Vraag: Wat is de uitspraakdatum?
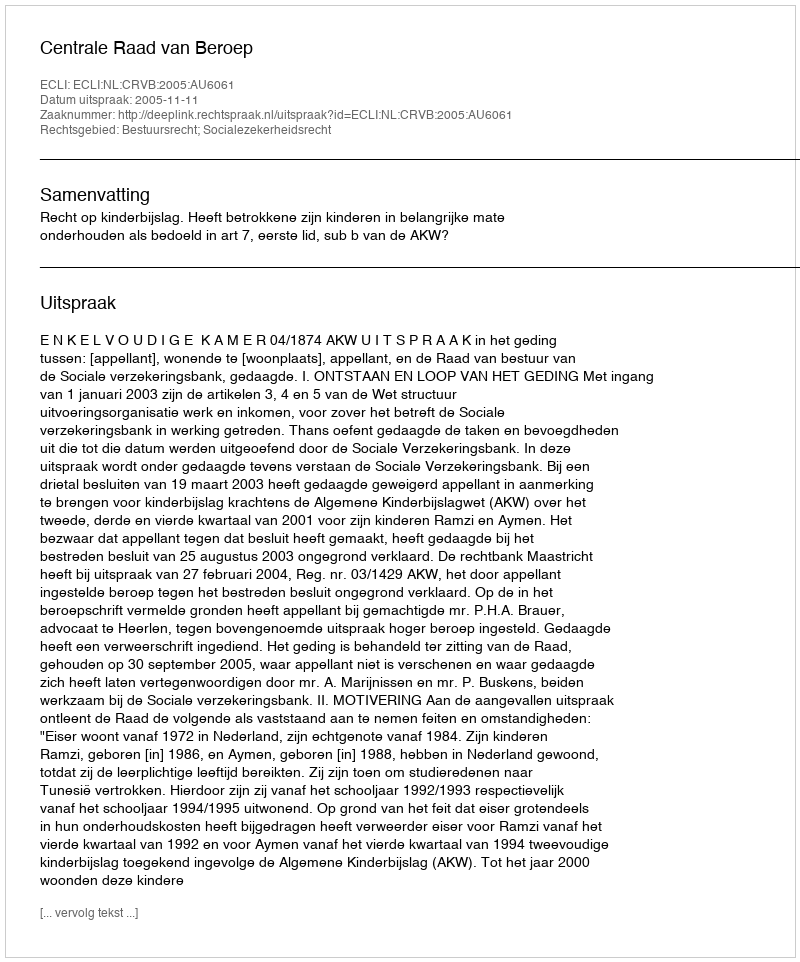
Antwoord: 2005-11-11